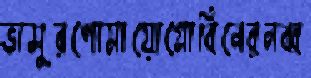
ভাসুরপোমায়োগ্লোবিনেরনব্ব